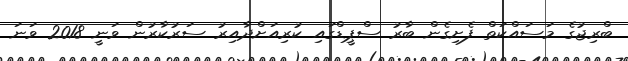
ބްރިޖުގެ މަސައްކަތް ފެށިގެން ބާރު ސްޕީޑްގައި ކުރިއަށްދާއިރު ސަރުކާރުން ވަނީ 2018 ވަނަ